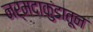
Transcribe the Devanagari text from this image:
नर्मदाकुंडातून